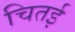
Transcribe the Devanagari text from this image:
चितई